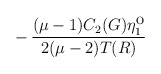
\begin{align*}- \, \frac{(\mu-1)C_2(G)\eta^{\mbox{o}}_1}{2(\mu-2)T(R)}\end{align*}